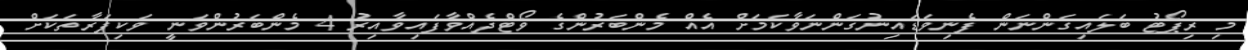
މި ރިޕޯޓު ބަލައިގަންނަން ފެނިވަޑައިނުގަންނަވާކަމަށް އެއް މެންބަރުންގެ ވޯޓްދެއްވާފައިވާއިރު 4 މެންބަރުންވަނީ ވަކިފަރާތަކަށް